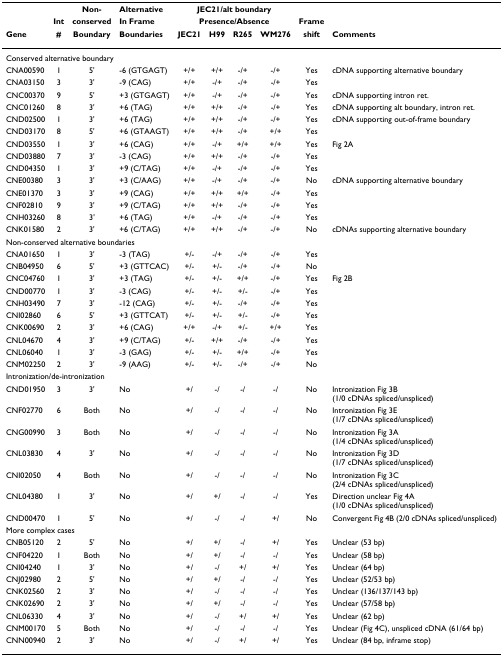
<table><thead><tr><td></td><td></td><td><b>Non-</b></td><td><b>Alternative</b></td><td colspan="4"><b>JEC21/alt boundary</b></td><td></td><td></td></tr><tr><td></td><td><b>Int</b></td><td><b>conserved</b></td><td><b>In Frame</b></td><td colspan="4"><b>Presence/Absence</b></td><td><b>Frame</b></td><td></td></tr><tr><td><b>Gene</b></td><td><b>#</b></td><td><b>Boundary</b></td><td><b>Boundaries</b></td><td><b>JEC21</b></td><td><b>H99</b></td><td><b>R265</b></td><td><b>WM276</b></td><td><b>shift</b></td><td><b>Comments</b></td></tr></thead><tbody><tr><td colspan="10">Conserved alternative boundary</td></tr><tr><td>CNA00590</td><td>1</td><td>5&#x27;</td><td>-6 (GTGAGT)</td><td>+/+</td><td>+/+</td><td>-/+</td><td>-/+</td><td>Yes</td><td>cDNA supporting alternative boundary</td></tr><tr><td>CNA03150</td><td>3</td><td>3&#x27;</td><td>-9 (CAG)</td><td>+/+</td><td>-/+</td><td>-/+</td><td>-/+</td><td>Yes</td><td></td></tr><tr><td>CNC00370</td><td>9</td><td>5&#x27;</td><td>+3 (GTGAGT)</td><td>+/+</td><td>-/+</td><td>-/+</td><td>-/+</td><td>Yes</td><td>cDNA supporting intron ret.</td></tr><tr><td>CNC01260</td><td>8</td><td>3&#x27;</td><td>+6 (TAG)</td><td>+/+</td><td>+/+</td><td>-/+</td><td>-/+</td><td>Yes</td><td>cDNA supporting alt boundary, intron ret.</td></tr><tr><td>CND02500</td><td>1</td><td>3&#x27;</td><td>+6 (TAG)</td><td>+/+</td><td>+/+</td><td>-/+</td><td>-/+</td><td>Yes</td><td>cDNA supporting out-of-frame boundary</td></tr><tr><td>CND03170</td><td>8</td><td>5&#x27;</td><td>+6 (GTAAGT)</td><td>+/+</td><td>+/+</td><td>-/+</td><td>+/+</td><td>Yes</td><td></td></tr><tr><td>CND03550</td><td>1</td><td>3&#x27;</td><td>+6 (CAG)</td><td>+/+</td><td>-/+</td><td>+/+</td><td>+/+</td><td>Yes</td><td>Fig 2A</td></tr><tr><td>CND03880</td><td>7</td><td>3&#x27;</td><td>-3 (CAG)</td><td>+/+</td><td>+/+</td><td>-/+</td><td>-/+</td><td>Yes</td><td></td></tr><tr><td>CND04350</td><td>1</td><td>3&#x27;</td><td>+9 (C/TAG)</td><td>+/+</td><td>-/+</td><td>-/+</td><td>-/+</td><td>Yes</td><td></td></tr><tr><td>CNE00380</td><td>3</td><td>3&#x27;</td><td>+3 (C/AAG)</td><td>+/+</td><td>-/+</td><td>-/+</td><td>-/+</td><td>No</td><td>cDNA supporting alternative boundary</td></tr><tr><td>CNE01370</td><td>3</td><td>3&#x27;</td><td>+9 (CAG)</td><td>+/+</td><td>+/+</td><td>+/+</td><td>-/+</td><td>Yes</td><td></td></tr><tr><td>CNF02810</td><td>9</td><td>3&#x27;</td><td>+9 (C/TAG)</td><td>+/+</td><td>+/+</td><td>-/+</td><td>-/+</td><td>Yes</td><td></td></tr><tr><td>CNH03260</td><td>8</td><td>3&#x27;</td><td>+6 (TAG)</td><td>+/+</td><td>-/+</td><td>-/+</td><td>-/+</td><td>Yes</td><td></td></tr><tr><td>CNK01580</td><td>2</td><td>3&#x27;</td><td>+6 (C/TAG)</td><td>+/+</td><td>+/+</td><td>-/+</td><td>-/+</td><td>No</td><td>cDNAs supporting alternative boundary</td></tr><tr><td colspan="10">Non-conserved alternative boundaries</td></tr><tr><td>CNA01650</td><td>1</td><td>3&#x27;</td><td>-3 (TAG)</td><td>+/-</td><td>-/+</td><td>-/+</td><td>-/+</td><td>Yes</td><td></td></tr><tr><td>CNB04950</td><td>6</td><td>5&#x27;</td><td>+3 (GTTCAC)</td><td>+/-</td><td>+/-</td><td>-/+</td><td>-/+</td><td>No</td><td></td></tr><tr><td>CNC04760</td><td>1</td><td>3&#x27;</td><td>+3 (TAG)</td><td>+/-</td><td>+/-</td><td>+/+</td><td>-/+</td><td>Yes</td><td>Fig 2B</td></tr><tr><td>CND00770</td><td>1</td><td>3&#x27;</td><td>-3 (CAG)</td><td>+/-</td><td>+/-</td><td>+/-</td><td>-/+</td><td>Yes</td><td></td></tr><tr><td>CNH03490</td><td>7</td><td>3&#x27;</td><td>-12 (CAG)</td><td>+/-</td><td>+/-</td><td>-/+</td><td>-/+</td><td>Yes</td><td></td></tr><tr><td>CNI02860</td><td>6</td><td>5&#x27;</td><td>+3 (GTTCAT)</td><td>+/-</td><td>+/-</td><td>+/-</td><td>-/+</td><td>Yes</td><td></td></tr><tr><td>CNK00690</td><td>2</td><td>3&#x27;</td><td>+6 (CAG)</td><td>+/+</td><td>-/+</td><td>+/-</td><td>+/+</td><td>Yes</td><td></td></tr><tr><td>CNL04670</td><td>4</td><td>3&#x27;</td><td>+9 (C/TAG)</td><td>+/-</td><td>+/+</td><td>-/+</td><td>-/+</td><td>Yes</td><td></td></tr><tr><td>CNL06040</td><td>1</td><td>3&#x27;</td><td>-3 (GAG)</td><td>+/-</td><td>+/-</td><td>+/+</td><td>-/+</td><td>Yes</td><td></td></tr><tr><td>CNM02250</td><td>2</td><td>3&#x27;</td><td>-9 (AAG)</td><td>+/-</td><td>+/-</td><td>-/+</td><td>-/+</td><td>No</td><td></td></tr><tr><td colspan="10">Intronization/de-intronization</td></tr><tr><td>CND01950</td><td>3</td><td>3&#x27;</td><td>No</td><td>+/</td><td>-/</td><td>-/</td><td>-/</td><td>No</td><td>Intronization Fig 3B (1/0 cDNAs spliced/unspliced)</td></tr><tr><td>CNF02770</td><td>6</td><td>Both</td><td>No</td><td>+/</td><td>-/</td><td>-/</td><td>-/</td><td>No</td><td>Intronization Fig 3E (1/7 cDNAs spliced/unspliced)</td></tr><tr><td>CNG00990</td><td>3</td><td>Both</td><td>No</td><td>+/</td><td>-/</td><td>-/</td><td>-/</td><td>No</td><td>Intronization Fig 3A (1/4 cDNAs spliced/unspliced)</td></tr><tr><td>CNL03830</td><td>4</td><td>3&#x27;</td><td>No</td><td>+/</td><td>-/</td><td>-/</td><td>-/</td><td>No</td><td>Intronization Fig 3D (1/7 cDNAs spliced/unspliced)</td></tr><tr><td>CNI02050</td><td>4</td><td>Both</td><td>No</td><td>+/</td><td>-/</td><td>-/</td><td>-/</td><td>No</td><td>Intronization Fig 3C (2/4 cDNAs spliced/unspliced)</td></tr><tr><td>CNL04380</td><td>1</td><td>3&#x27;</td><td>No</td><td>+/</td><td>+/</td><td>-/</td><td>-/</td><td>Yes</td><td>Direction unclear Fig 4A (1/0 cDNAs spliced/unspliced)</td></tr><tr><td>CND00470</td><td>1</td><td>5&#x27;</td><td>No</td><td>+/</td><td>-/</td><td>-/</td><td>+/</td><td>No</td><td>Convergent Fig 4B (2/0 cDNAs spliced/unspliced)</td></tr><tr><td colspan="10">More complex cases</td></tr><tr><td>CNB05120</td><td>2</td><td>5&#x27;</td><td>No</td><td>+/</td><td>+/</td><td>-/</td><td>+/</td><td>Yes</td><td>Unclear (53 bp)</td></tr><tr><td>CNF04220</td><td>1</td><td>Both</td><td>No</td><td>+/</td><td>+/</td><td>-/</td><td>-/</td><td>Yes</td><td>Unclear (58 bp)</td></tr><tr><td>CNI04240</td><td>1</td><td>3&#x27;</td><td>No</td><td>+/</td><td>-/</td><td>+/</td><td>+/</td><td>Yes</td><td>Unclear (64 bp)</td></tr><tr><td>CNJ02980</td><td>2</td><td>5&#x27;</td><td>No</td><td>+/</td><td>+/</td><td>-/</td><td>-/</td><td>Yes</td><td>Unclear (52/53 bp)</td></tr><tr><td>CNK02560</td><td>2</td><td>3&#x27;</td><td>No</td><td>+/</td><td>-/</td><td>-/</td><td>-/</td><td>Yes</td><td>Unclear (136/137/143 bp)</td></tr><tr><td>CNK02690</td><td>2</td><td>3&#x27;</td><td>No</td><td>+/</td><td>+/</td><td>-/</td><td>-/</td><td>Yes</td><td>Unclear (57/58 bp)</td></tr><tr><td>CNL06330</td><td>4</td><td>3&#x27;</td><td>No</td><td>+/</td><td>-/</td><td>+/</td><td>+/</td><td>Yes</td><td>Unclear (62 bp)</td></tr><tr><td>CNM00170</td><td>5</td><td>Both</td><td>No</td><td>+/</td><td>-/</td><td>-/</td><td>-/</td><td>Yes</td><td>Unclear (Fig 4C), unspliced cDNA (61/64 bp)</td></tr><tr><td>CNN00940</td><td>2</td><td>3&#x27;</td><td>No</td><td>+/</td><td>-/</td><td>+/</td><td>+/</td><td>Yes</td><td>Unclear (84 bp, inframe stop)</td></tr></tbody></table>